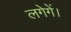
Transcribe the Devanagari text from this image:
लगेगें।